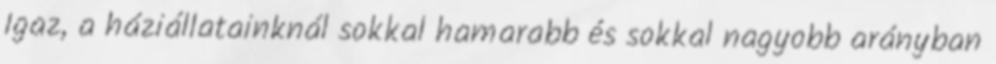
Igaz, a háziállatainknál sokkal hamarabb és sokkal nagyobb arányban